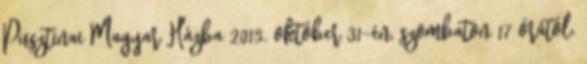
Pusztinai Magyar Házba 2015. október 31-én, szombaton 17 órától.